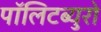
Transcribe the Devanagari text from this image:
पॉलिटब्युरो